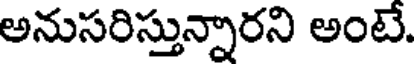
అనుసరిస్తున్నారని అంటే.